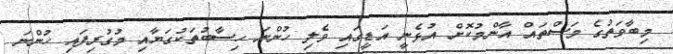
މިބާވަތުގެ މަސްތައް އާންމުކޮށް އުޅެނީ އަޑީގައި ވެލި ހުންނަ ހިސާބުތަކުގަޔާއި މުގުރިފައި ހުންނަ